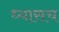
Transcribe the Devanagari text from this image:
ध्यासच